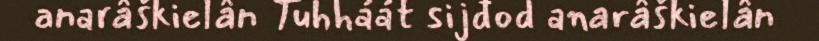
anarâškielân Tuhháát sijđod anarâškielân